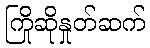
ကြိုဆိုနှုတ်ဆက်